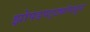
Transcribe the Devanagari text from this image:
झोपडपट्ट्यांमधून